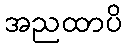
အညထာပိ